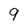
Character: 9